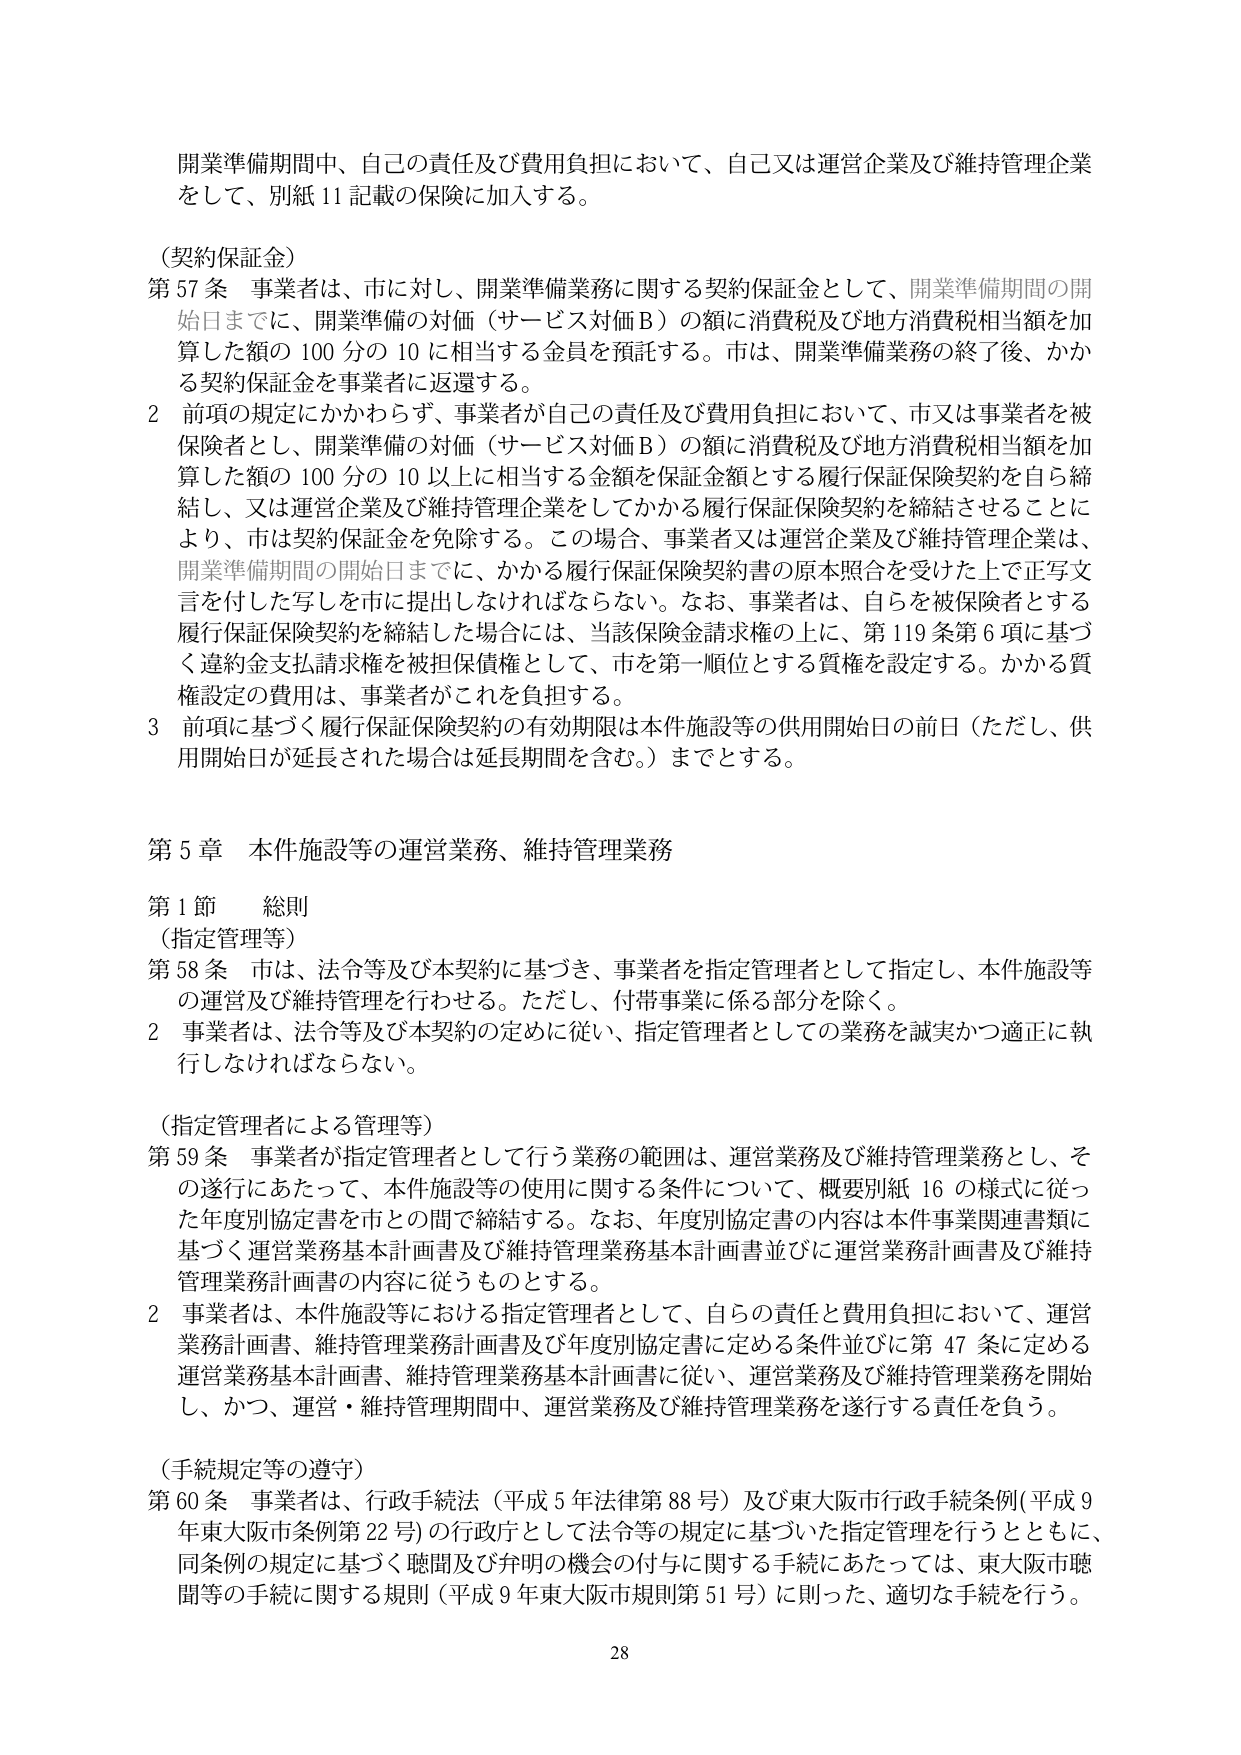
開業準備期間中、自己の責任及び費用負担において、自己又は運営企業及び維持管理企業をして、別紙11記載の保険に加入する。

（契約保証金）
第57条 事業者は、市に対し、開業準備業務に関する契約保証金として、開業準備期間の開始日までに、開業準備の対価（サービス対価Ｂ）の額に消費税及び地方消費税相当額を加算した額の100分の10に相当する金員を預託する。市は、開業準備業務の終了後、かかる契約保証金を事業者に返還する。

2 前項の規定にかかわらず、事業者が自己の責任及び費用負担において、市又は事業者を被保険者とし、開業準備の対価（サービス対価Ｂ）の額に消費税及び地方消費税相当額を加算した額の100分の10以上に相当する金額を保証金額とする履行保証保険契約を自ら締結し、又は運営企業及び維持管理企業をしてかかる履行保証保険契約を締結させることにより、市は契約保証金を免除する。この場合、事業者又は運営企業及び維持管理企業は、開業準備期間の開始日までに、かかる履行保証保険契約書の原本照合を受けた上で正写文言を付した写しを市に提出しなければならない。なお、事業者は、自らを被保険者とする履行保証保険契約を締結した場合には、当該保険金請求権の上に、第119条第6項に基づく違約金支払請求権を被担保債権として、市を第一順位とする質権を設定する。かかる質権設定の費用は、事業者がこれを負担する。

3 前項に基づく履行保証保険契約の有効期限は本件施設等の供用開始日の前日（ただし、供用開始日が延長された場合は延長期間を含む。）までとする。

第5章 本件施設等の運営業務、維持管理業務

第1節 総則
（指定管理等）
第58条 市は、法令等及び本契約に基づき、事業者を指定管理者として指定し、本件施設等の運営及び維持管理を行わせる。ただし、付帯事業に係る部分を除く。

2 事業者は、法令等及び本契約の定めに従い、指定管理者としての業務を誠実かつ適正に執行しなければならない。

（指定管理者による管理等）
第59条 事業者が指定管理者として行う業務の範囲は、運営業務及び維持管理業務とし、その遂行にあたって、本件施設等の使用に関する条件について、概要別紙16の様式に従った年度別協定書を市との間で締結する。なお、年度別協定書の内容は本件事業関連書類に基づく運営業務基本計画書及び維持管理業務基本計画書並びに運営業務計画書及び維持管理業務計画書の内容に従うものとする。

2 事業者は、本件施設等における指定管理者として、自らの責任と費用負担において、運営業務計画書、維持管理業務計画書及び年度別協定書に定める条件並びに第47条に定める運営業務基本計画書、維持管理業務基本計画書に従い、運営業務及び維持管理業務を開始し、かつ、運営・維持管理期間中、運営業務及び維持管理業務を遂行する責任を負う。

（手続規定等の遵守）
第60条 事業者は、行政手続法（平成5年法律第88号）及び東大阪市行政手続条例（平成9年東大阪市条例第22号）の行政庁として法令等の規定に基づいた指定管理を行うとともに、同条例の規定に基づく聴聞及び弁明の機会の付与に関する手続にあたっては、東大阪市聴聞等の手続に関する規則（平成9年東大阪市規則第51号）に則った、適切な手続を行う。

28